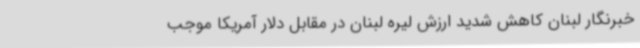
خبرنگار لبنان کاهش شدید ارزش لیره لبنان در مقابل دلار آمریکا موجب